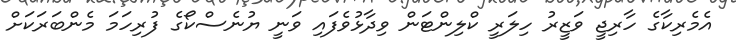
އެމެރިކާގެ ހާރިޖީ ވަޒީރު ހިލަރީ ކްލިންޓަން ވިދާޅުވެފައި ވަނީ ޔުނެސްކޯގެ ފުރިހަމަ މެންބަރަކަށް